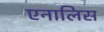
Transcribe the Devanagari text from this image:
एनालिस